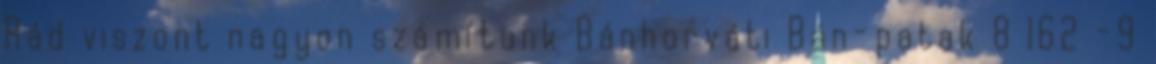
Rád viszont nagyon számítunk Bánhorváti Bán-patak 8 162 -9